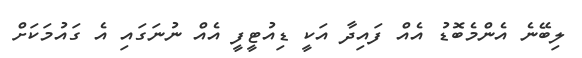
ލިބޭނެ އެންމެބޮޑު އެއް ފައިދާ އަކީ ޑިއުޓީފީ އެއް ނުނަގައި އެ ގައުމަކަށް